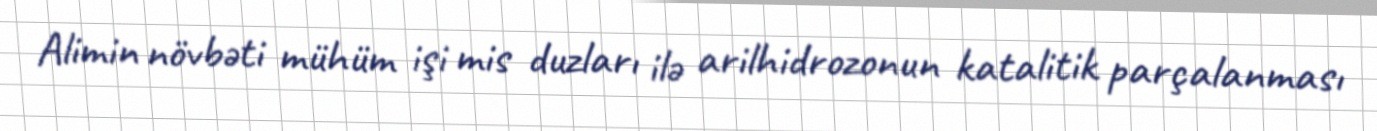
Alimin növbəti mühüm işi mis duzları ilə arilhidrozonun katalitik parçalanması